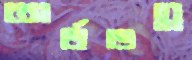
অর্ধভগ্ন